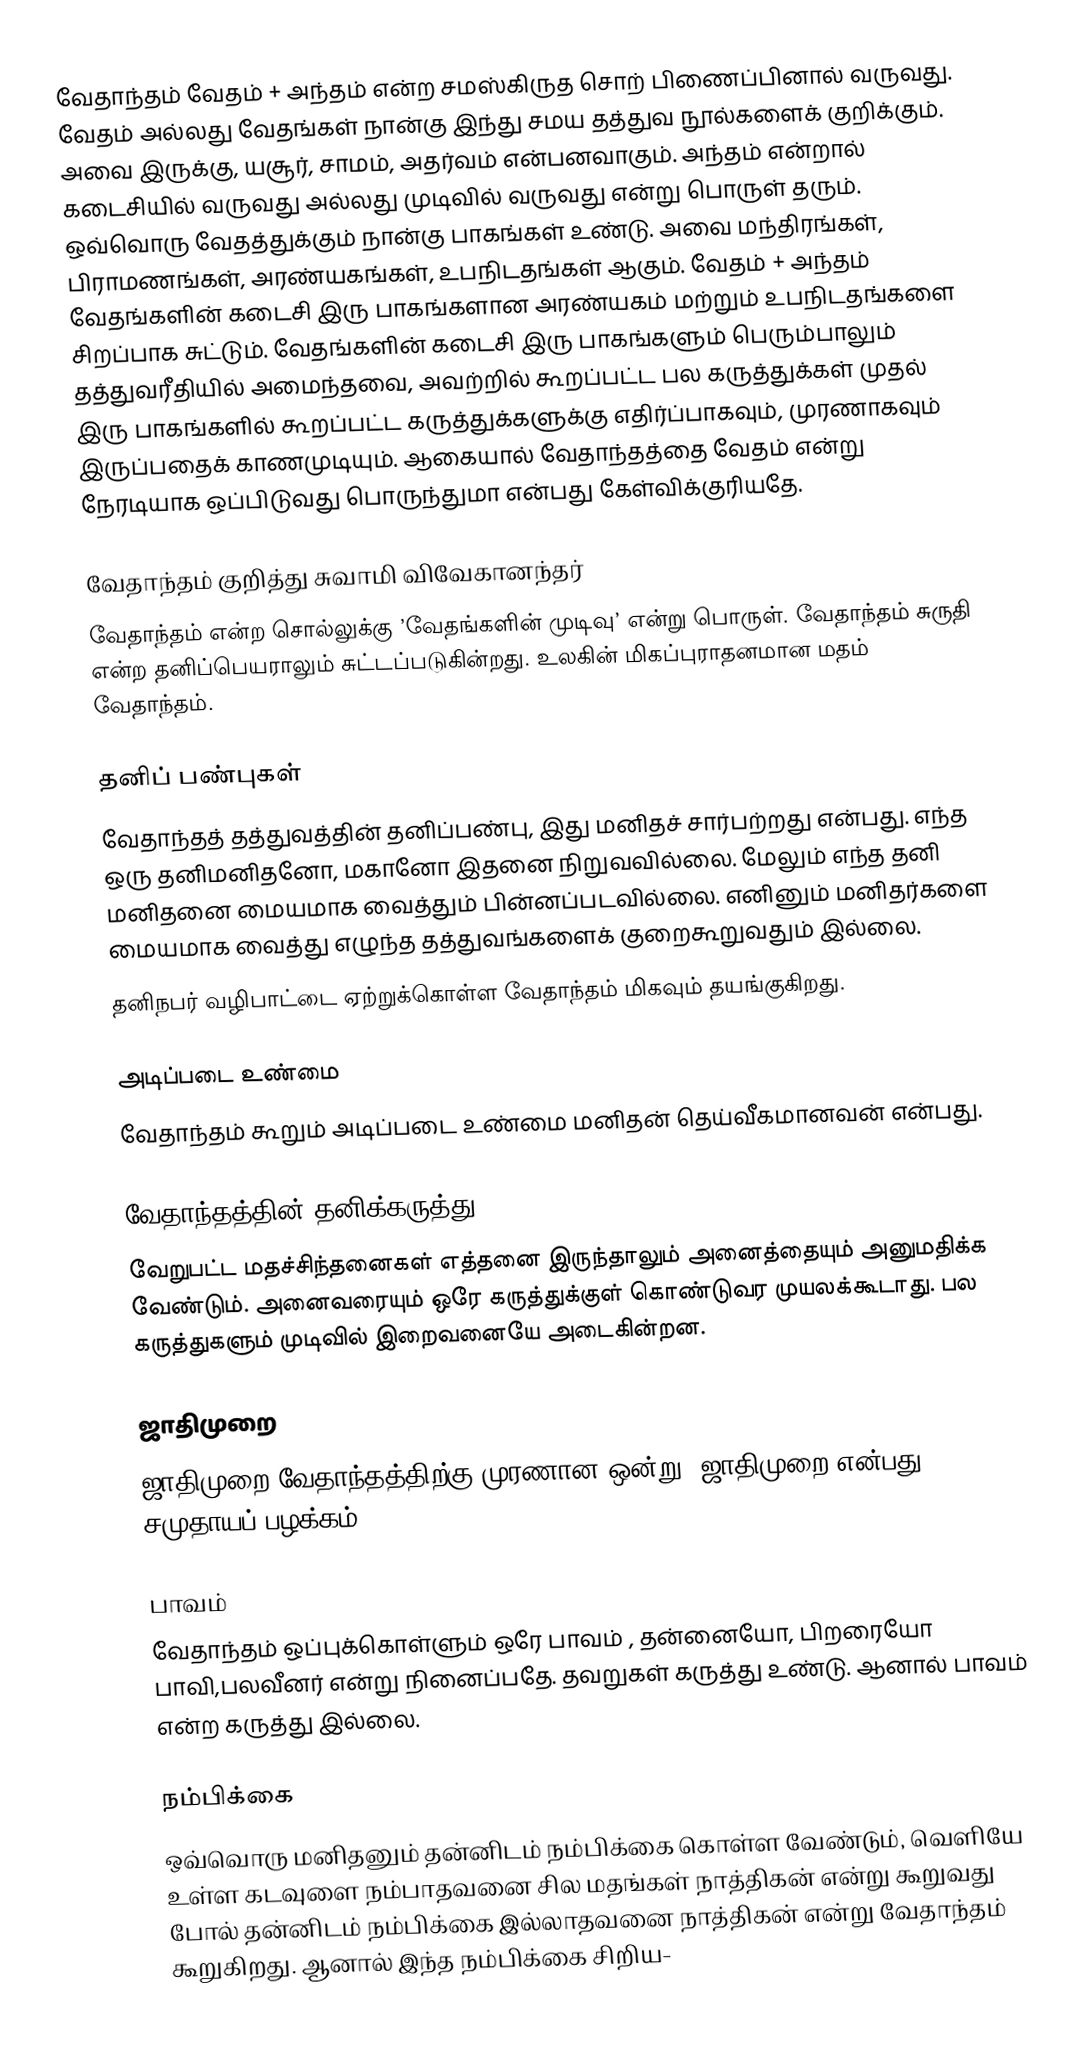
வேதாந்தம் வேதம் + அந்தம் என்ற சமஸ்கிருத சொற் பிணைப்பினால் வருவது. வேதம் அல்லது வேதங்கள் நான்கு இந்து சமய தத்துவ நூல்களைக் குறிக்கும். அவை இருக்கு, யசூர், சாமம், அதர்வம் என்பனவாகும். அந்தம் என்றால் கடைசியில் வருவது அல்லது முடிவில் வருவது என்று பொருள் தரும். ஒவ்வொரு வேதத்துக்கும் நான்கு பாகங்கள் உண்டு. அவை மந்திரங்கள், பிராமணங்கள், அரண்யகங்கள், உபநிடதங்கள் ஆகும். வேதம் + அந்தம் வேதங்களின் கடைசி இரு பாகங்களான அரண்யகம் மற்றும் உபநிடதங்களை சிறப்பாக சுட்டும். வேதங்களின் கடைசி இரு பாகங்களும் பெரும்பாலும் தத்துவரீதியில் அமைந்தவை, அவற்றில் கூறப்பட்ட பல கருத்துக்கள் முதல் இரு பாகங்களில் கூறப்பட்ட கருத்துக்களுக்கு எதிர்ப்பாகவும், முரணாகவும் இருப்பதைக் காணமுடியும். ஆகையால் வேதாந்தத்தை வேதம் என்று நேரடியாக ஒப்பிடுவது பொருந்துமா என்பது கேள்விக்குரியதே.

வேதாந்தம் குறித்து சுவாமி விவேகானந்தர்
வேதாந்தம் என்ற சொல்லுக்கு ’வேதங்களின் முடிவு’ என்று பொருள். வேதாந்தம் சுருதி என்ற தனிப்பெயராலும் சுட்டப்படுகின்றது. உலகின் மிகப்புராதனமான மதம் வேதாந்தம்.

தனிப் பண்புகள்
வேதாந்தத் தத்துவத்தின் தனிப்பண்பு, இது மனிதச் சார்பற்றது என்பது. எந்த ஒரு தனிமனிதனோ, மகானோ இதனை நிறுவவில்லை. மேலும் எந்த தனி மனிதனை மையமாக வைத்தும் பின்னப்படவில்லை. எனினும் மனிதர்களை மையமாக வைத்து எழுந்த தத்துவங்களைக் குறைகூறுவதும் இல்லை.
தனிநபர் வழிபாட்டை ஏற்றுக்கொள்ள வேதாந்தம் மிகவும் தயங்குகிறது.

அடிப்படை உண்மை
வேதாந்தம் கூறும் அடிப்படை உண்மை மனிதன் தெய்வீகமானவன் என்பது.

வேதாந்தத்தின் தனிக்கருத்து
வேறுபட்ட மதச்சிந்தனைகள் எத்தனை இருந்தாலும் அனைத்தையும் அனுமதிக்க வேண்டும். அனைவரையும் ஒரே கருத்துக்குள் கொண்டுவர முயலக்கூடாது. பல கருத்துகளும் முடிவில் இறைவனையே அடைகின்றன.

ஜாதிமுறை
ஜாதிமுறை வேதாந்தத்திற்கு முரணான ஒன்று. ஜாதிமுறை என்பது சமுதாயப் பழக்கம்.

பாவம்
வேதாந்தம் ஒப்புக்கொள்ளும் ஒரே பாவம் , தன்னையோ, பிறரையோ பாவி,பலவீனர் என்று நினைப்பதே. தவறுகள் கருத்து உண்டு. ஆனால் பாவம் என்ற கருத்து இல்லை.

நம்பிக்கை
ஒவ்வொரு மனிதனும் தன்னிடம் நம்பிக்கை கொள்ள வேண்டும், வெளியே உள்ள கடவுளை நம்பாதவனை சில மதங்கள் நாத்திகன் என்று கூறுவது போல் தன்னிடம் நம்பிக்கை இல்லாதவனை நாத்திகன் என்று வேதாந்தம் கூறுகிறது. ஆனால் இந்த நம்பிக்கை சிறிய-